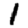
Digit: 1